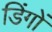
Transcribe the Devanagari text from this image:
डिंगों